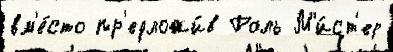
вм'е́сто пр'едложи́в Роль М'и́ст'ер